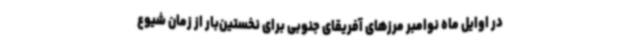
در اوایل ماه نوامبر مرزهای آفریقای جنوبی برای نخستین‌بار از زمان شیوع